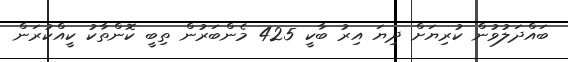
ބައްދަލުވުން ކުރިޔަށް ދިޔަ އިރު ބާކީ 425 މެންބަރުން ތިބީ ކޮންތާކު ކީއްކުރަން